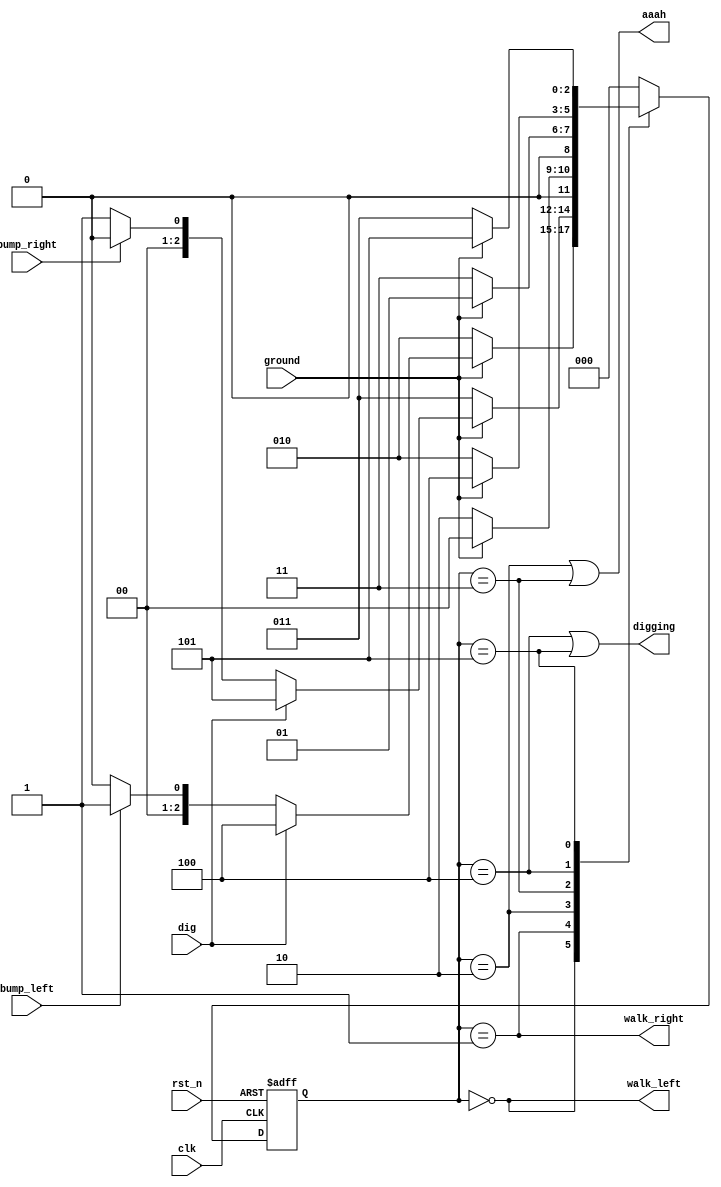
`timescale 1ns / 1ps
//////////////////////////////////////////////////////////////////////////////////
// Company: 
// Engineer: 
// 
// Design Name: 
// Module Name: Lemmings_3
// Project Name: 
// Target Devices: 
// Tool Versions: 
// Description: 
// 
// Dependencies: 
// 
// Revision:
// Revision 0.01 - File Created
// Additional Comments:
// 
//////////////////////////////////////////////////////////////////////////////////


module Lemmings_3(clk, rst_n, bump_left, bump_right, ground, dig, walk_left, walk_right, aaah, digging);
input clk;
input rst_n;
input bump_left; // 
input bump_right; // 
input ground; //
input dig; //  
output walk_left;
output walk_right;
output aaah;
output digging;

localparam WALK_LEFT = 3'b000, 
           WALK_RIGHT = 3'b001,
           FALL_LEFT = 3'b010,
           FALL_RIGHT = 3'b011,
           DIG_LEFT = 3'b100,
           DIG_RIGHT = 3'b101;
           //0:WALK_LEFT, 1:WALK_RIGHT, 2:FALL_LEFT, 3:FALL_RIGHT, 4:DIG_LEFT, 5:DIG_RIGHT

reg [2:0] present_state, next_state;

always @(posedge clk or negedge rst_n) begin
    //update present state - Sequential logic 
    if(!rst_n) present_state <= WALK_LEFT; //rst_n negative edge  WALK_LEFT .
    else       present_state <= next_state; //next_state .
end

always @(*) begin
    case(present_state) //present_state input(ground,dig)  next_state .
        WALK_LEFT: //    
            if(ground==0) next_state = FALL_LEFT; //  (gound==0) ->   .
            else begin
                if(dig==1) next_state = DIG_LEFT; //   (dig==1) ->   .
                else //,     
                next_state = (bump_left) ? WALK_RIGHT : WALK_LEFT; //:  ,     WALK_RIGHT()
            end
        WALK_RIGHT: //    
            if(ground==0) next_state = FALL_RIGHT; //  (gound==0) ->  .
            else begin          
                 if(dig==1) next_state = DIG_RIGHT; //   (dig==1) ->   .
                 else //,     
                 next_state = (bump_right) ? WALK_LEFT : WALK_RIGHT; //:  ,     WALK_LEFT()
            end
        FALL_LEFT: //    
            if(ground==1) next_state = WALK_LEFT; //  ,      .
            else          next_state = FALL_LEFT; //    
        FALL_RIGHT: //    
            if(ground==1) next_state = WALK_RIGHT; //  ,      .
            else          next_state = FALL_RIGHT; //    
        DIG_LEFT: //   
            if(ground==0) next_state = FALL_LEFT; // ,   ,  .
            else          next_state = DIG_LEFT; //     
        DIG_RIGHT: //   
             if(ground==0) next_state = FALL_RIGHT; // ,   ,  .
             else          next_state = DIG_RIGHT; //     
        default:
            next_state <= WALK_LEFT; //present_state   , WALK_LEFT.
        endcase
end

assign walk_left = (present_state == WALK_LEFT); //   .
assign walk_right = (present_state == WALK_RIGHT); //   .
assign aaah = (present_state == FALL_LEFT) || (present_state == FALL_RIGHT); //   .
assign digging = (present_state == DIG_LEFT) || (present_state == DIG_RIGHT); //   .

endmodule